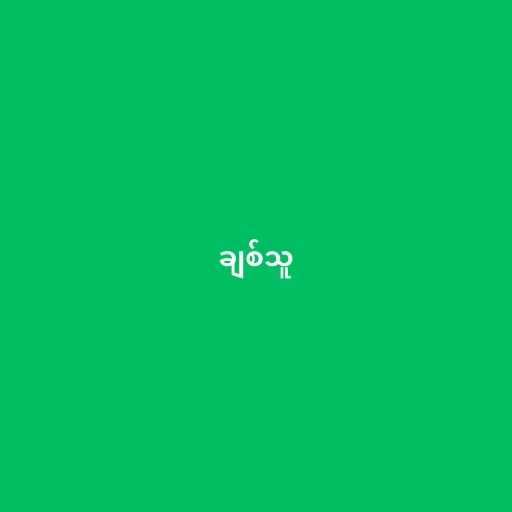
ချစ်သူ